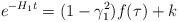
\begin{align*}e^{-H_1t} = (1-\gamma_1^2) f(\tau) + k \end{align*}